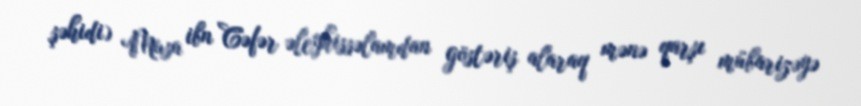
şəhidi) Musa ibn Cəfər əleyhissəlamdan göstəriş alaraq mənə qarşı mübarizəyə